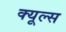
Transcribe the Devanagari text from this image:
क्‍यूल्‍स